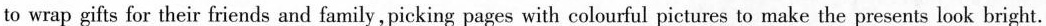
to wrap gifts for their friends and family,picking pages with colourful pictures to make the presents look bright.